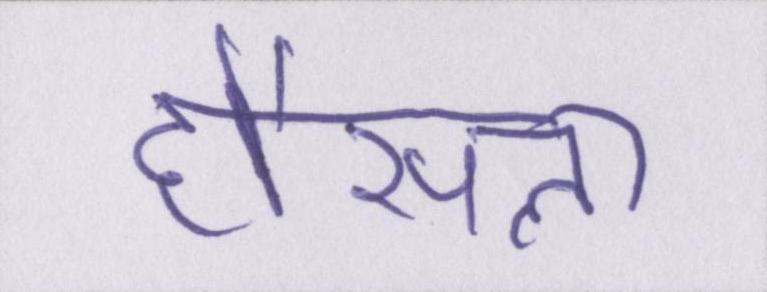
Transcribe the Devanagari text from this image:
हौंसला